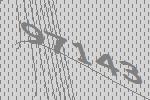
97143